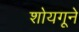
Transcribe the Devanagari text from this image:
शोयगूने